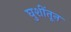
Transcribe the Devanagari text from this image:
घुशींतून